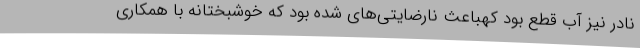
نادر نیز آب قطع بود کهباعث نارضایتی‌های شده بود که خوشبختانه با همکاری